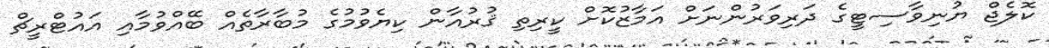
ކޮލެޖް ޔުނިވާސިޓީގެ ދަރިވަރުންނަށް އަމާޒުކޮށް ކީރިތި ޤުރުއާން ކިޔެވުމުގެ މުބާރާތެއް ބޭއްވުމާއި އައުޓްރީޗް